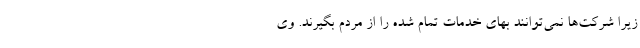
زیرا شرکت‌ها نمی‌توانند بهای خدمات تمام شده را از مردم بگیرند. وی